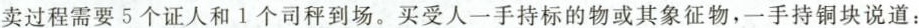
卖过程需要5个证人和1个司秤到场。买受人一手持标的物或其象征物，一手持铜块说道：